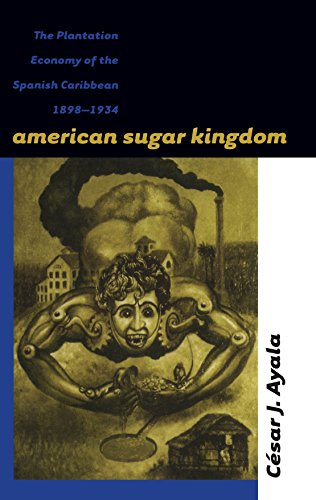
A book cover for American Sugar Kingdom: The Plantation Economy of the Spanish Caribbean, 1898-1934; CÃ©sar J. Ayala; Business & Money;